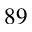
^ { 8 9 }